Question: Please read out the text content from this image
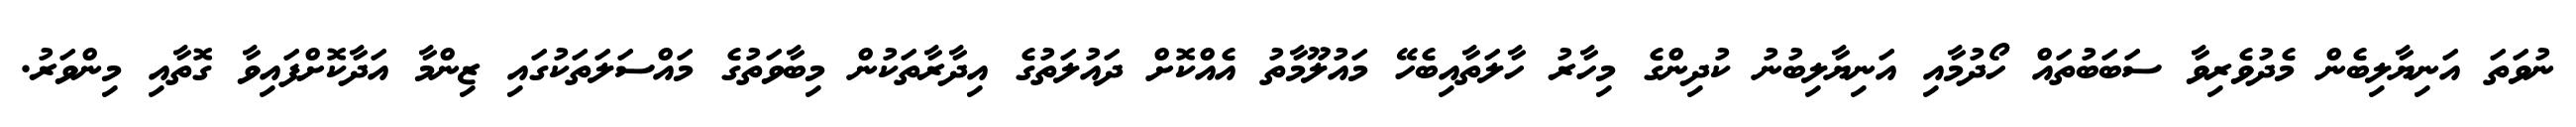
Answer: ނުވަތަ އަނިޔާލިބެން މެދުވެރިވާ ސަބަބުތައް ހޯދުމާއި އަނިޔާލިބުނު ކުދިންގެ މިހާރު ހާލަތާއިބެހޭ މައުލޫމާތު އެއްކޮށް ދައުލަތުގެ އިދާރާތަކުން މިބާވަތުގެ މައްސަލަތަކުގައި ޒިންމާ އަދާކޮށްފައިވާ ގޮތާއި މިންވަރު.